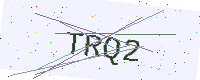
Text: TRQ2